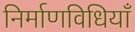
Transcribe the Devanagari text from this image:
निर्माणविधियाँ